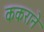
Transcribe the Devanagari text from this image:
ककराने